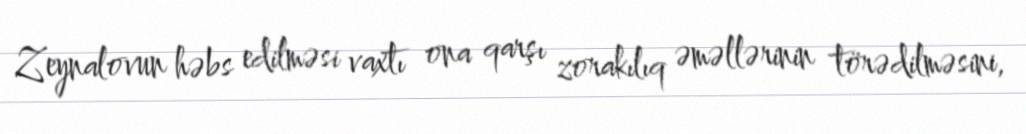
Zeynalovun həbs edilməsi vaxtı ona qarşı zorakılıq əməllərinin törədilməsini,